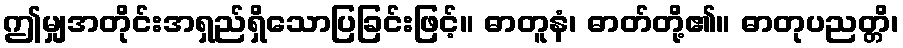
ဤမျှအတိုင်းအရှည်ရှိသောပြခြင်းဖြင့်။ ဓာတူနံ၊ ဓာတ်တို့၏။ ဓာတုပညတ္တိ၊